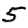
Digit: 5